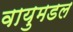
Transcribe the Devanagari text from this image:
वायुमडल